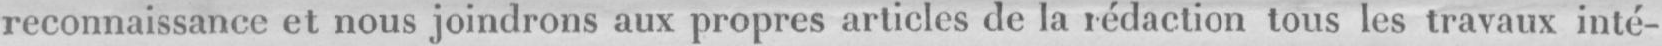
reconnaissance et nous joindrons aux propres articles de la rédaction tons les travaux inté-